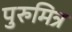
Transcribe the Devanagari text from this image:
पुरुमित्र